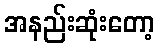
အနည်းဆုံးတော့